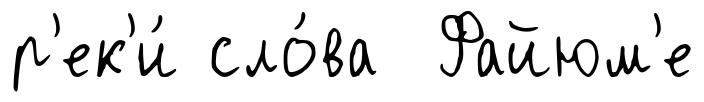
р'ек'и́ сло́ва Файюм'е